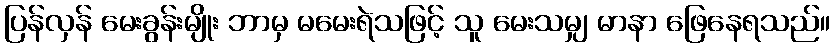
ပြန်လှန် မေးခွန်းမျိုး ဘာမှ မမေးရဲသဖြင့် သူ မေးသမျှ မာနာ ဖြေနေရသည်။